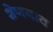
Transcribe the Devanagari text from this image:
शेणगाव